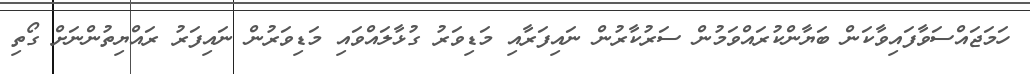
ހަމަޖައްސަވާފައިވާކަން ބަޔާންކުރައްވަމުން ސަރުކާރުން ނައިފަރާއި މަޑިވަރު ގުޅާލައްވައި މަޑިވަރުން ނައިފަރު ރައްޔިތުންނަށް ގޯތި